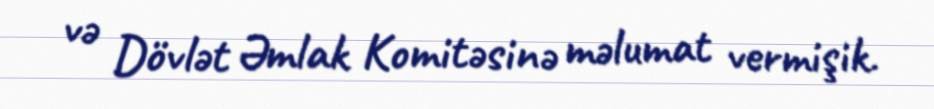
və Dövlət Əmlak Komitəsinə məlumat vermişik.